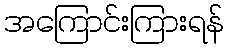
အကြောင်းကြားရန်